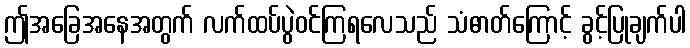
ဤအခြေအနေအတွက် လက်ထပ်ပွဲဝင်ကြရလေသည် သံဓာတ်ကြောင့် ခွင့်ပြုချက်ပါ